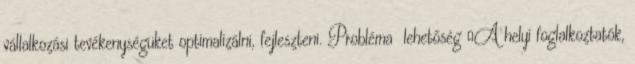
vállalkozási tevékenységüket optimalizálni, fejleszteni. Probléma lehetőség ▪A helyi foglalkoztatók,